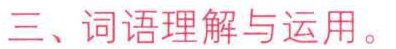
三、词语理解与运用。